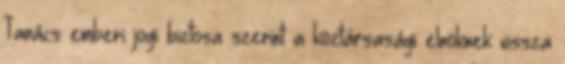
Tanács emberi jogi biztosa szerint a köztársasági elnöknek vissza